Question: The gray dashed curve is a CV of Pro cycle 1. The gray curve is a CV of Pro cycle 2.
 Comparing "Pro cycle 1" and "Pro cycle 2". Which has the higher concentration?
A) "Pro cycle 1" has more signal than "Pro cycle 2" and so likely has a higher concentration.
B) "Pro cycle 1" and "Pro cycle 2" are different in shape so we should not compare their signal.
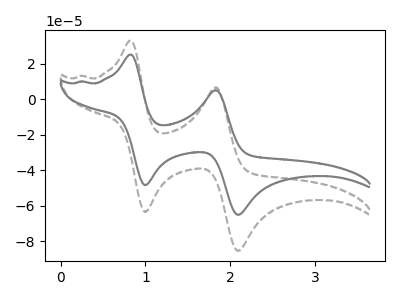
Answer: <think>The gray dashed curve "Pro cycle 1" has anodic peaks at (0.85V, 33.10uA) (1.85V, 6.80uA) and cathodic peaks at (1.00V, -63.55uA) (2.10V, -85.50uA). The gray curve "Pro cycle 2" has anodic peaks at (0.85V, 25.25uA) (1.85V, 5.20uA) and cathodic peaks at (1.00V, -48.45uA) (2.10V, -65.15uA).
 All the peaks in "Pro cycle 1" have a peak in "Pro cycle 2" at the same potential. Every peak in "Pro cycle 1" is higher than every peak in "Pro cycle 2".</think>
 <answer>A) "Pro cycle 1" has more signal than "Pro cycle 2" and so likely has a higher concentration.</answer>
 <eval>A</eval>